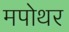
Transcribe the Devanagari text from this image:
मपोथर